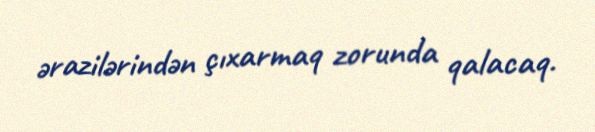
ərazilərindən çıxarmaq zorunda qalacaq.